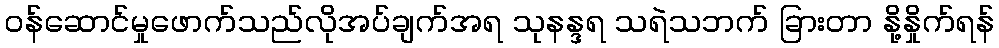
ဝန်ဆောင်မှုဖောက်သည်လိုအပ်ချက်အရ သုနန္ဒရ သရဲသဘက် ခြားတာ နို့နှိုက်ရန်